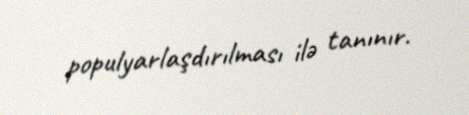
populyarlaşdırılması ilə tanınır.